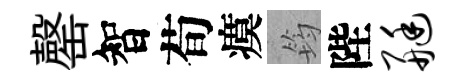
罄智荀瘼筠陛艇